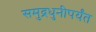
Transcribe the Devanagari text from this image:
समुद्रधुनीपर्यंत